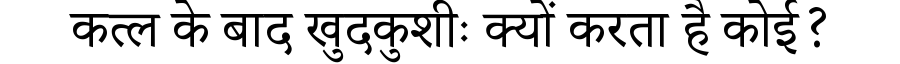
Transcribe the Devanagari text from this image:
कत्ल के बाद खुदकुशीः क्यों करता है कोई?